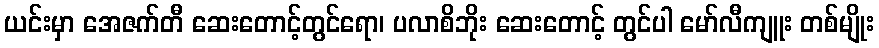
ယင်းမှာ အေဇက်တီ ဆေးတောင့်တွင်ရော၊ ပလာစိဘိုး ဆေးတောင့် တွင်ပါ မော်လီကျူး တစ်မျိုး